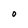
Character: O